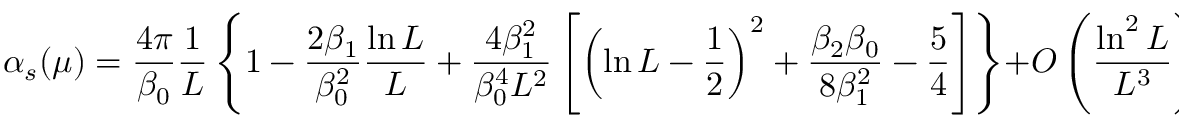
\alpha _ { s } ( \mu ) = \frac { 4 \pi } { \beta _ { 0 } } \frac { 1 } { L } \left\{ 1 - \frac { 2 \beta _ { 1 } } { \beta _ { 0 } ^ { 2 } } \frac { \ln L } { L } + \frac { 4 \beta _ { 1 } ^ { 2 } } { \beta _ { 0 } ^ { 4 } L ^ { 2 } } \left[ \left( \ln L - \frac { 1 } { 2 } \right) ^ { 2 } + \frac { \beta _ { 2 } \beta _ { 0 } } { 8 \beta _ { 1 } ^ { 2 } } - \frac { 5 } { 4 } \right] \right\} + O \left( \frac { \ln ^ { 2 } L } { L ^ { 3 } } \right) \ ,